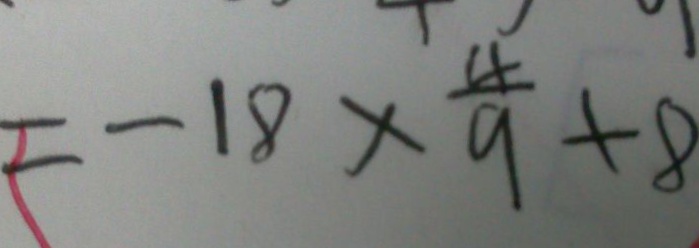
= - 1 8 \times \frac { 4 } { 9 } + 8